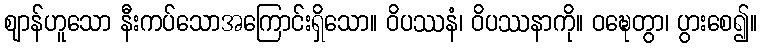
ဈာန်ဟူသော နီးကပ်သောအကြောင်းရှိသော။ ဝိပဿနံ၊ ဝိပဿနာကို။ ဝဍ္ဎေတွာ၊ ပွားစေ၍။